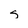
Character: s